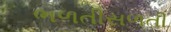
ભળતીસળતી